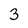
Character: 3